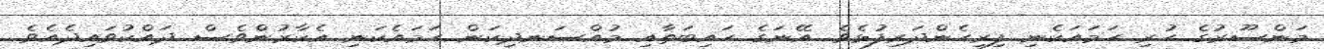
މަންސޫރުގެ ހުރި ހަމައަކެނި ފިރިހެންދަރިފުޅެވެ. އޭނަގެ ހައިބަތާއި މުއްސަނދިކަން ހަމައެކަނި އެކާރުންވެސް ދައްކުވައިދެއެވެ.